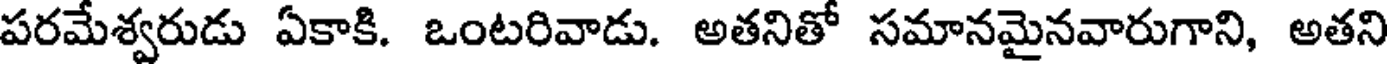
పరమేశ్వరుడు ఏకాకి. ఒంటరివాడు. అతనితో సమానమైనవారుగాని, అతని